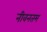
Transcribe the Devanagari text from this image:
नीवनतम